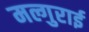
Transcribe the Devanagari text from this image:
मल्गुराई